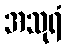
အသုရံ